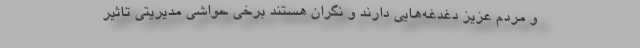
و مردم عزیز دغدغه‌هایی دارند و نگران هستند برخی حواشی مدیریتی تاثیر